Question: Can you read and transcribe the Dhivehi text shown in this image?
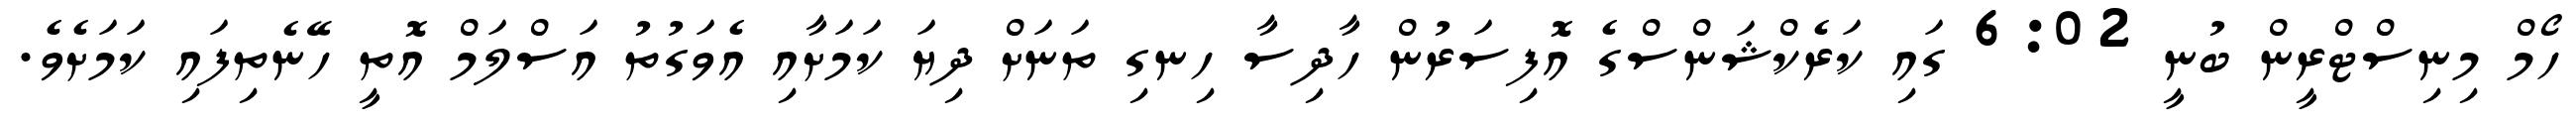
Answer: ހޯމް މިނިސްޓްރީން ބުނީ 6:02 ގައި ކަރެކްޝަންސްގެ އޮފިސަރުން ހާދިސާ ހިނގި ތަނަށް ދިޔަ ކަމަށާއި އެވަގުތު އަސްލަމް އޮތީ ހޭނެތިފައި ކަމަށެވެ.